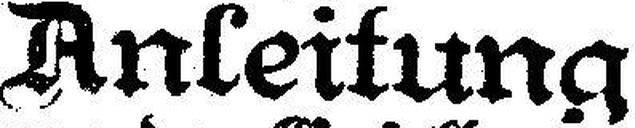
Anleitung